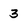
Character: 3